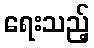
ရေးသည့်